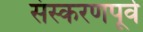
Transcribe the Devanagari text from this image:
संस्करणपूर्व